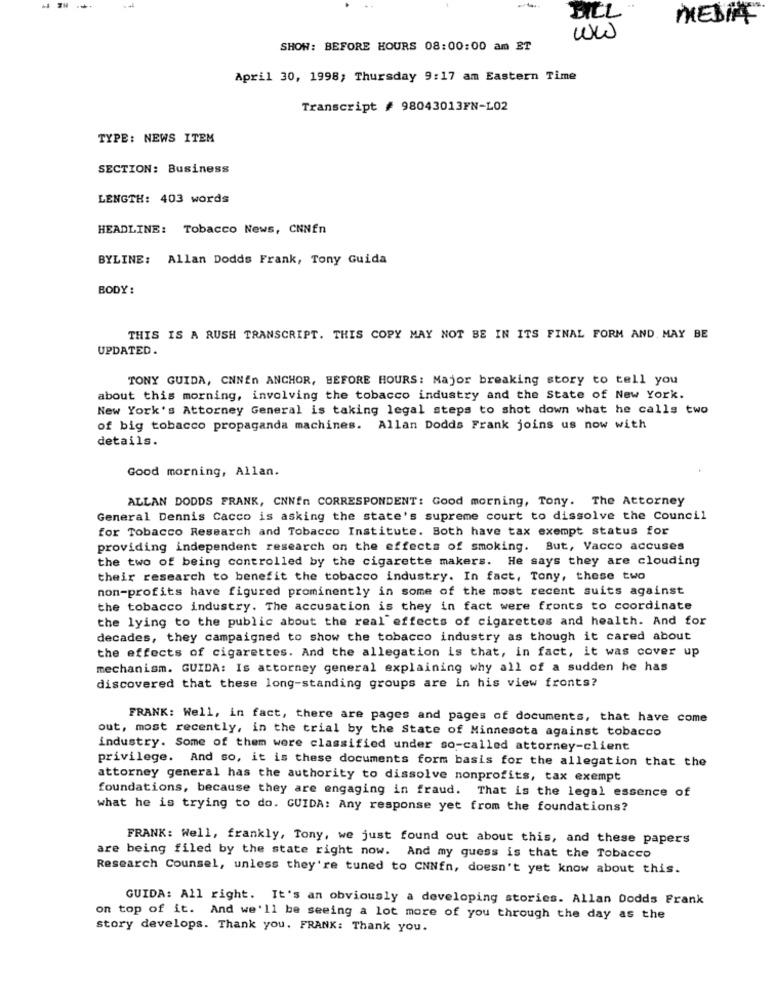
- 3H
-
DILL
MEDIA
ww
SHOW: BEFORE HOURS 08:00:00 am ET
April 30, 1998; Thursday 9:17 am Eastern Time
Transcript # 98043013FN-L02
TYPE: NEWS ITEM
SECTION: Business
LENGTH: 403 words
HEADLINE: Tobacco News, CNNEn
BYLINE: Allan Dodds Frank, Tony Guida
BODY :
THIS IS A RUSH TRANSCRIPT. THIS COPY MAY NOT BE IN ITS FINAL FORM AND, MAY BE
UPDATED.
TONY GUIDA, CNNEn ANCHOR, BEFORE HOURS: Major breaking story to tell you
about this morning, involving the tobacco industry and the State of New York.
New York's Attorney General is taking legal steps to shot down what he calls two
of big tobacco propaganda machines. Allan Dodds Frank joins us now with
details.
Good morning, Allan.
ALLAN DODDS FRANK, CNNEn CORRESPONDENT: Good morning, Tony. The Attorney
General Dennis Cacco is asking the state's supreme court to dissolve the Council
for Tobacco Research and Tobacco Institute. Both have tax exempt status for
providing independent research on the effects of smoking. But, Vacco accuses
the two of being controlled by the cigarette makers. He says they are clouding
their research to benefit the tobacco industry. In fact, Tony, these two
non-profits have figured prominently in some of the most recent suits against
the tobacco industry. The accusation is they in fact were fronts to coordinate
the lying to the public about the real effects of cigarettes and health. And for
decades, they campaigned to show the tobacco industry as though it cared about
the effects of cigarettes. And the allegation is that, in fact, it was cover up
mechanism. GUIDA: Is attorney general explaining why all of a sudden he has
discovered that these long-standing groups are in his view fronts?
FRANK: Well, in fact, there are pages and pages of documents, that have come
out, most recently, in the trial by the State of Minnesota against tobacco
industry. Some of them were classified under so-called attorney-client
privilege. And so, it is these documents form basis for the allegation that the
attorney general has the authority to dissolve nonprofits, tax exempt
foundations, because they are engaging in fraud. That is the legal essence of
what he is trying to do. GUIDA: Any response yet from the foundations?
FRANK: Well, frankly, Tony, we just found out about this, and these papers
are being filed by the state right now. And my guess is that the Tobacco
Research Counsel, unless they're tuned to CNNEn, doesn't yet know about this.
GUIDA: All right. It's an obviously a developing stories. Allan Dodds Frank
on top of it. And we'll be seeing a lot more of you through the day as the
story develops. Thank you. FRANK: Thank you.